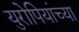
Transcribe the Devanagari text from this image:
युरोपियांच्या